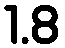
1.8